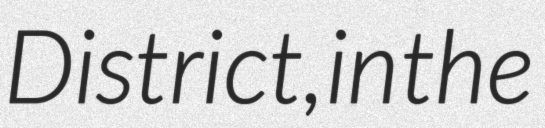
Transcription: District, in the